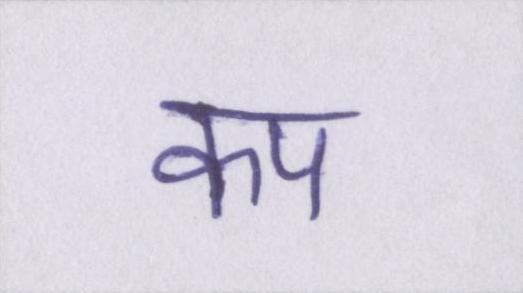
कप